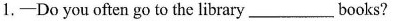
1.-Do you often go to the library ___books?